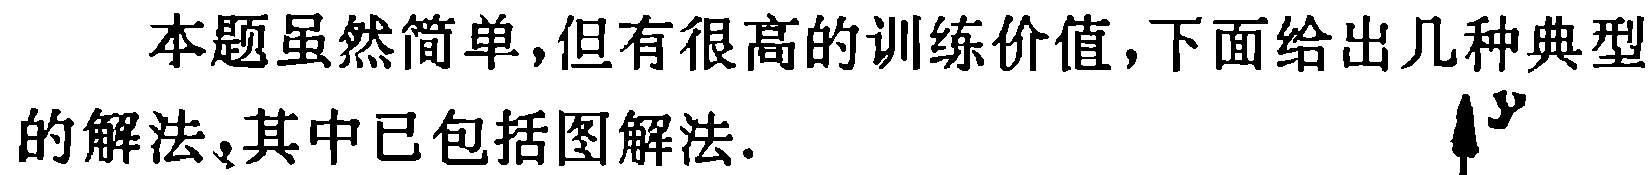
本题虽然简单，但有很高的训练价值,下面给出几种典型的解法,其中已包括图解法.